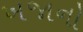
ખજાનો